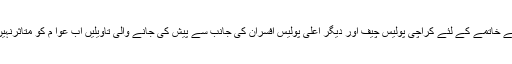
جرائم کے خاتمے کے لئے کراچی پولیس چیف اور دیگر اعلی پولیس افسران کی جانب سے پیش کی جانے والی تاویلیں اب عوا م کو متاثرنہیں کرتیں۔